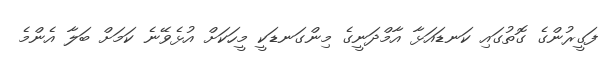
ފަގީރުންގެ ގޮތުގައި ކަނޑައަޅާ އާމްދަނީގެ މިންގަނޑަކީ މީހަކަށް އުޅެވޭނެ ކަމަށް ބަލާ އެންމެ